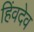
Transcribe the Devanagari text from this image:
हिंवदेव